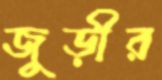
জুড়ীর